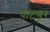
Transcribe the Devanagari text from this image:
पाटणूर